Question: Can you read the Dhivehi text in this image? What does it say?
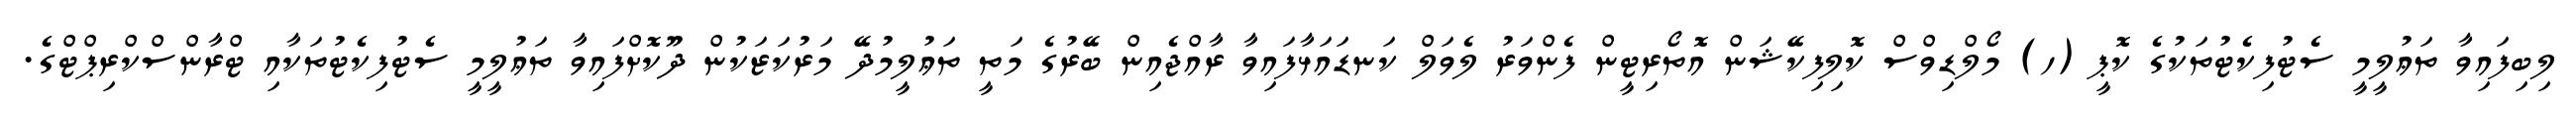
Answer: ލިބިފައިވާ ތަޢުލީމީ ސެޓުފިކެޓުތަކުގެ ކޮޕީ (ހ) މޯލްޑިވްސް ކޮލިފިކޭޝަން އޮތޯރިޓީން ފެންވަރު ލެވަލް ކަނޑައަޅާފައިވާ ރާއްޖެއިން ބޭރުގެ މަތީ ތަޢުލީމުދޭ މަރުކަޒަކުން ދޫކޮށްފައިވާ ތަޢުލީމީ ސެޓުފިކެޓުތަކާއި ޓްރާންސްކްރިޕްޓްގެ.